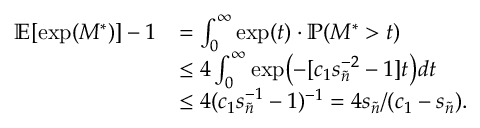
\begin{array} { r l } { \mathbb { E } [ \exp ( M ^ { * } ) ] - 1 } & { = \int _ { 0 } ^ { \infty } \exp ( t ) \cdot \mathbb { P } ( M ^ { * } > t ) } \\ & { \leq 4 \int _ { 0 } ^ { \infty } \exp \bigl ( - [ c _ { 1 } s _ { \tilde { n } } ^ { - 2 } - 1 ] t \bigr ) d t } \\ & { \leq 4 ( c _ { 1 } s _ { \tilde { n } } ^ { - 1 } - 1 ) ^ { - 1 } = 4 s _ { \tilde { n } } / ( c _ { 1 } - s _ { \tilde { n } } ) . } \end{array}